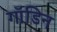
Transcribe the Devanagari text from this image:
गॉडिन